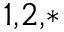
^ { 1 , 2 , * }